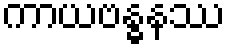
ကာယဗန္ဓနဿ